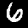
Digit: 6